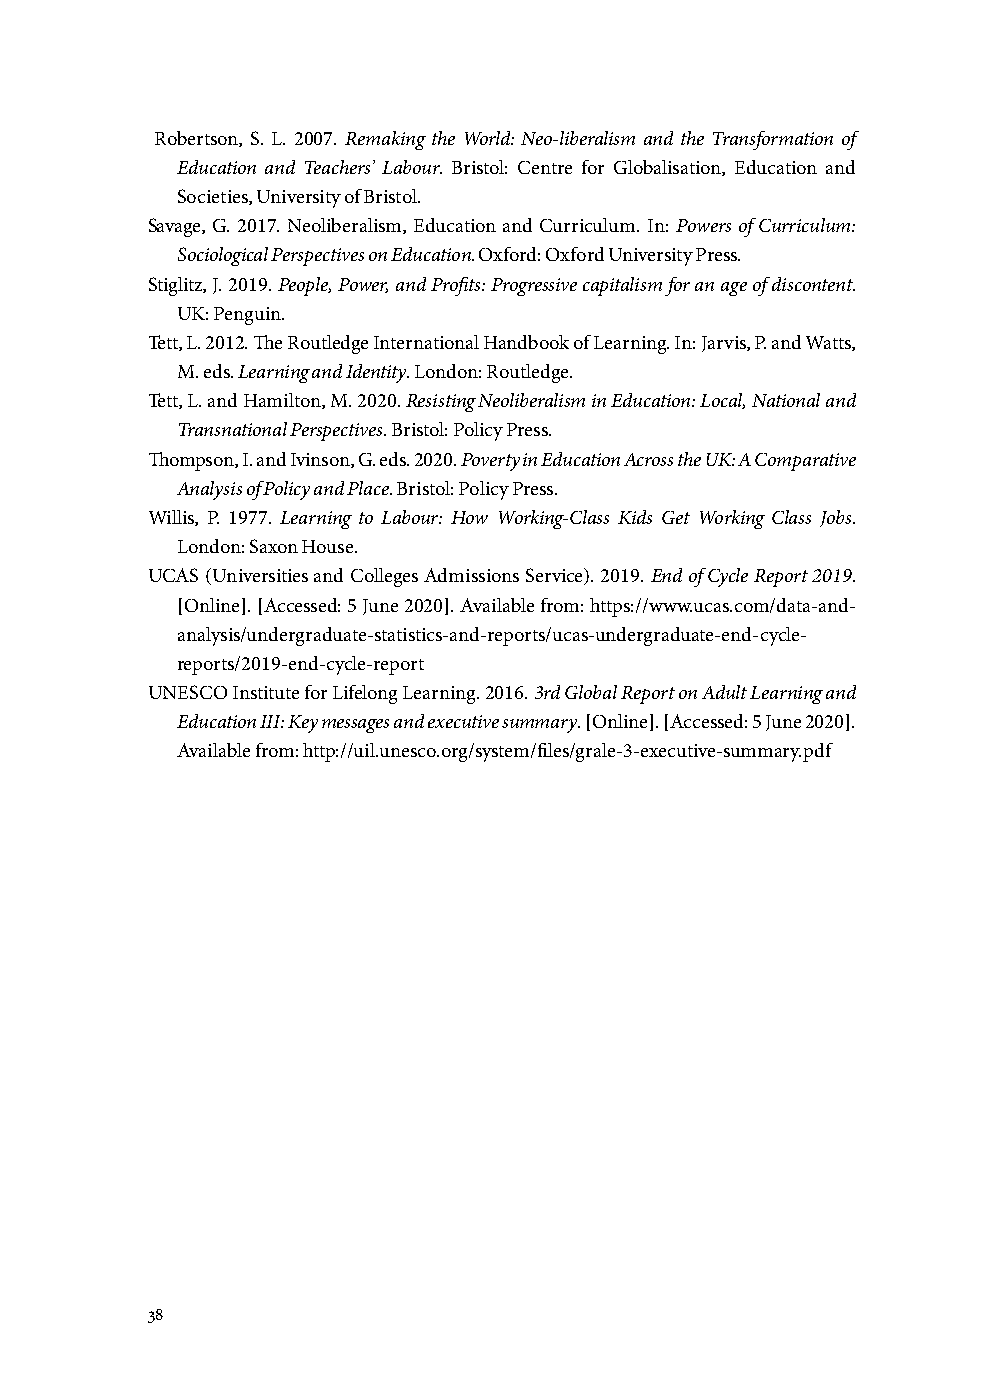
Robertson, S. L. 2007. Remaking the World: Neo-liberalism and the Transformation of
 Education and Teachers’ Labour. Bristol: Centre for Globalisation, Education and
 Societies, University of Bristol.
 Savage, G. 2017. Neoliberalism, Education and Curriculum. In: Powers of Curriculum:
 Sociological Perspectives on Education. Oxford: Oxford University Press.
 Stiglitz, J. 2019. People, Power, and Profits: Progressive capitalism for an age of discontent.
 UK: Penguin.
 Tett, L. 2012. The Routledge International Handbook of Learning. In: Jarvis, P. and Watts,
 M. eds. Learning and Identity. London: Routledge.
 Tett, L. and Hamilton, M. 2020. Resisting Neoliberalism in Education: Local, National and
 Transnational Perspectives. Bristol: Policy Press.
 Thompson, I. and Ivinson, G. eds. 2020. Poverty in Education Across the UK: A Comparative
 Analysis of Policy and Place. Bristol: Policy Press.
 Willis, P. 1977. Learning to Labour: How Working-Class Kids Get Working Class Jobs.
 London: Saxon House.
 UCAS (Universities and Colleges Admissions Service). 2019. End of Cycle Report 2019.
 [Online]. [Accessed: 5 June 2020]. Available from: https://www.ucas.com/data-and-
 analysis/undergraduate-statistics-and-reports/ucas-undergraduate-end-cycle-
 reports/2019-end-cycle-report
 UNESCO Institute for Lifelong Learning. 2016. 3rd Global Report on Adult Learning and
 Education III: Key messages and executive summary. [Online]. [Accessed: 5 June 2020].
 Available from: http://uil.unesco.org/system/files/grale-3-executive-summary.pdf
 38